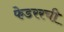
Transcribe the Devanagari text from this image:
फेडररची